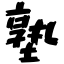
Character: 塾